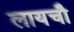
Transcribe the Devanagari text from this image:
लायचौ